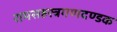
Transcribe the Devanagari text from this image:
रामसहस्त्रगणदण्डक